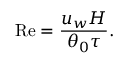
\mathrm { R e } = \frac { u _ { w } H } { \theta _ { 0 } \tau } .